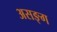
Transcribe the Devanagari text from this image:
असङ्ग